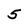
Character: 5